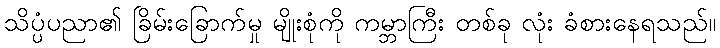
သိပ္ပံပညာ၏ ခြိမ်းခြောက်မှု မျိုးစုံကို ကမ္ဘာကြီး တစ်ခု လုံး ခံစားနေရသည်။